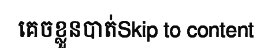
គេចខ្លួនបាត់Skip to content